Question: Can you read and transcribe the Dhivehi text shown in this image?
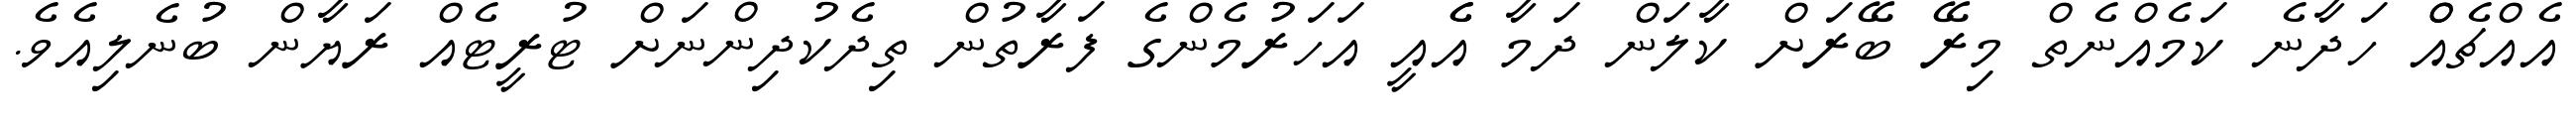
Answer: އެއްޗެއްް ހަދާނެ ކަމެއްނެތް މިރޭ ބޭރަށް ކާލަން ދަމާ އެެއީ އަހަރުމެންގެ ފަރާތުން ތިދެކުދިންނަށް ޓުރީޓެއް ރަޔާން ބުނެލިއެވެ.